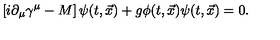
\left[ i \partial _ { \mu } \gamma ^ { \mu } - M \right] \psi ( t , { \vec { x } } ) + g \phi ( t , { \vec { x } } ) \psi ( t , { \vec { x } } ) = 0 .